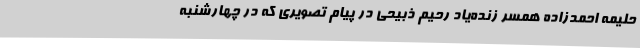
حلیمه احمدزاده همسر زنده‌یاد رحیم ذبیحی در پیام تصویری که در چهارشنبه